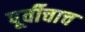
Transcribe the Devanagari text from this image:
पूर्वीचाच